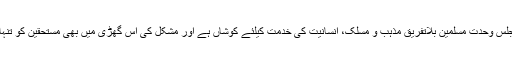
انہوں نے کہا کہ مجلس وحدت مسلمین بلاتفریق مذہب و مسلک، انسانیت کی خدمت کیلئے کوشاں ہے اور مشکل کی اس گھڑی میں بھی مستحقین کو تنہا نہیں چھوڑیں گے۔